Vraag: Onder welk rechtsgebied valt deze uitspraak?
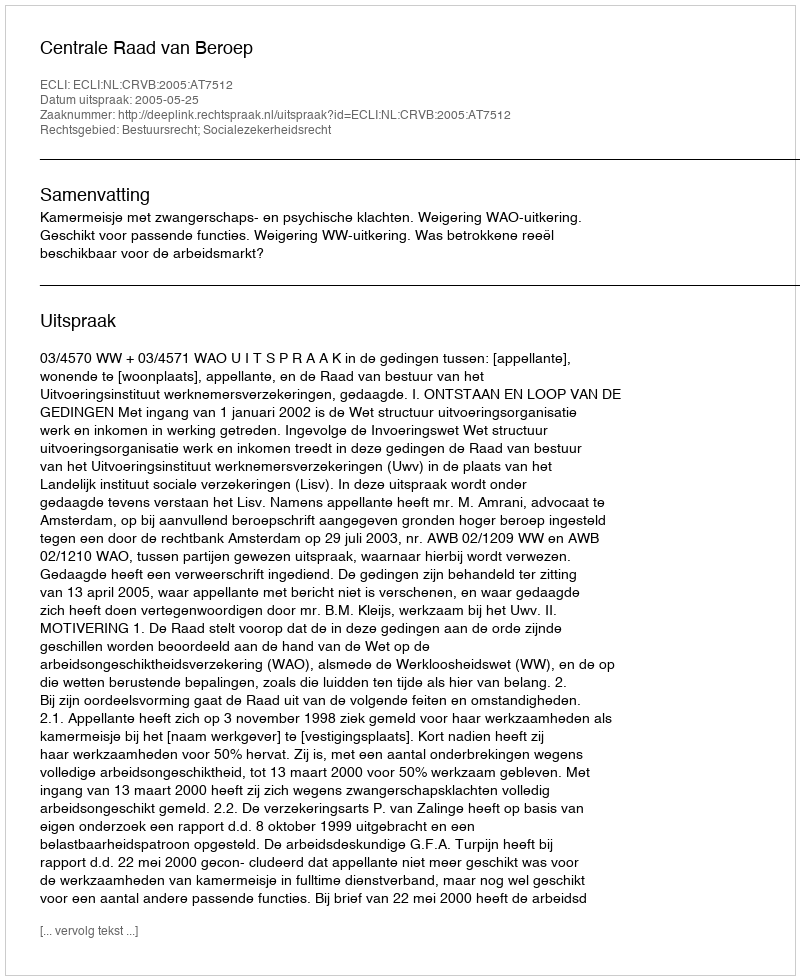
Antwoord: Bestuursrecht; Socialezekerheidsrecht